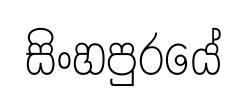
සිංහපුරයේ